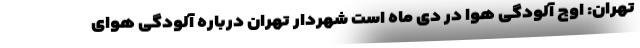
تهران: اوج آلودگی هوا در دی ماه است شهردار تهران درباره آلودگی هوای